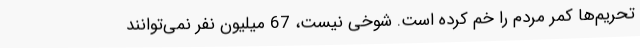
تحریم‌ها کمر مردم را خم کرده است. شوخی نیست، 67 میلیون نفر نمی‌توانند